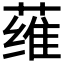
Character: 𮶳